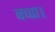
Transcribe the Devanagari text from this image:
बच्चा।